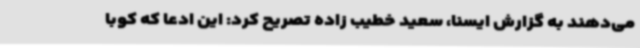
می‌دهند به گزارش ایسنا، سعید خطیب زاده تصریح کرد: این ادعا که کوبا